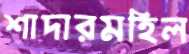
শাদারমহিল